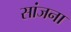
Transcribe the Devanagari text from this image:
सांजना